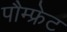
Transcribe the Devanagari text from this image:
पौम्‍फ्रेट